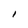
Character: I